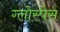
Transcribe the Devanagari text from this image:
ग्लोस्पेस